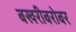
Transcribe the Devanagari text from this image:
बखरीबरोबर